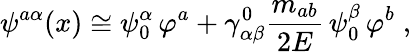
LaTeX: \psi^{a\alpha}(x)\cong\psi_{0}^{\alpha}\, \varphi^{a}+\gamma_{\alpha\beta}^{0}\frac{m_{ab}}{2E}\, \psi_{0}^{\beta}\, \varphi^{b}\; ,